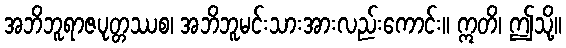
အဘိဘူရာဇပုတ္တဿစ၊ အဘိဘူမင်းသားအားလည်းကောင်း။ ဣတိ၊ ဤသို့။